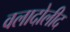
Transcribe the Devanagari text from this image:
वलादोलीद